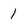
Character: 1